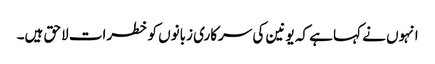
انہوں نے کہا ہے کہ یونین کی سرکاری زبانوں کو خطرات لاحق ہیں۔